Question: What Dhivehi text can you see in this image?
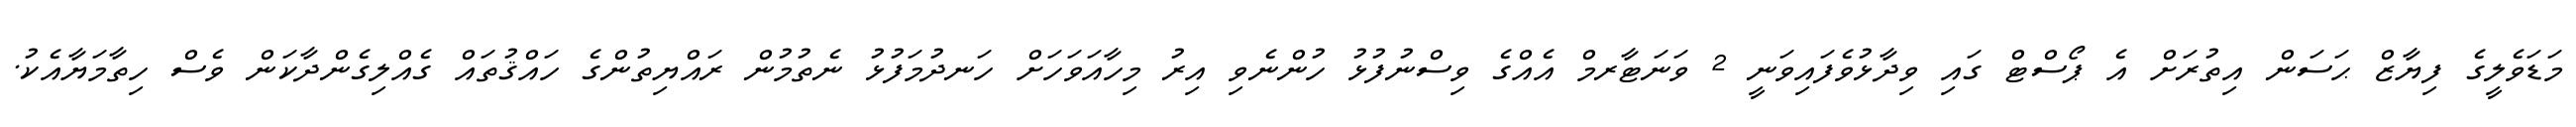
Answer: މަޑަވެލީގެ ފިޔާޒް ޙަސަން އިތުރަށް އެ ޕޯސްޓް ގައި ވިދާޅުވެފައިވަނީ 2 ވަނަޓާރމް އެއްގެ ވިސްނުފުޅު ހުންނެވި އިރު މިހާއަވަހަށް ހަނދުމަފުޅު ނެތުމުން ރައްޔިތުންގެ ހައްޤުތައް ގެއްލިގެންދާކަން ވެސް ހިތާމަޔާއެކު.